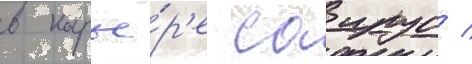
в карье́р'е саирус /